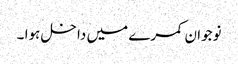
نوجوان کمرے میں داخل ہوا ۔